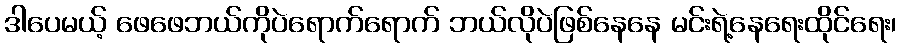
ဒါပေမယ့် ဖေဖေဘယ်ကိုပဲရောက်ရောက် ဘယ်လိုပဲဖြစ်နေနေ မင်းရဲ့နေရေးထိုင်ရေး၊